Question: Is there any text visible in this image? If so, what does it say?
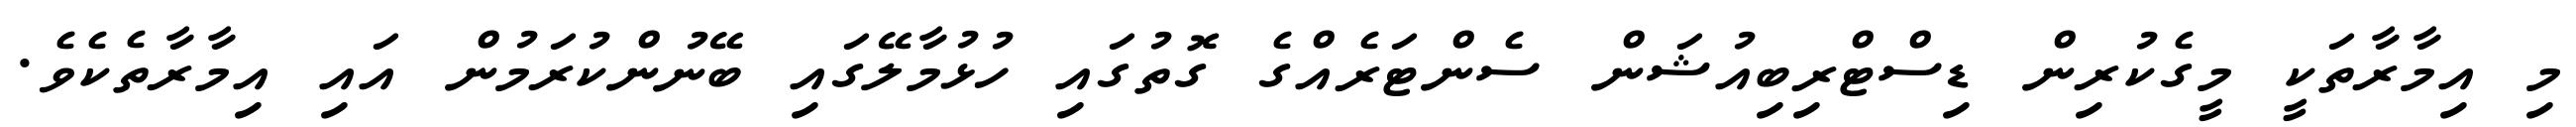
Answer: މި އިމާރާތަކީ މީގެކުރިން ޑިސްޓްރިބިއުޝަން ސެންޓަރެއްގެ ގޮތުގައި ހުޅުމާލޭގައި ބޭނުންކުރަމުން އައި އިމާރާތެކެވެ.